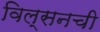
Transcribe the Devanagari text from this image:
विल्सनची